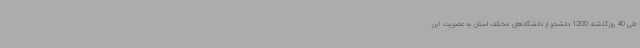
طی 40 روزگذشته 1200 دانشجو از دانشگاه‌های مختلف استان به عضویت این